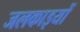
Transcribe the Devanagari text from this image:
जलकाइयों